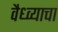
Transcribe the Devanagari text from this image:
वैध्व्याचा